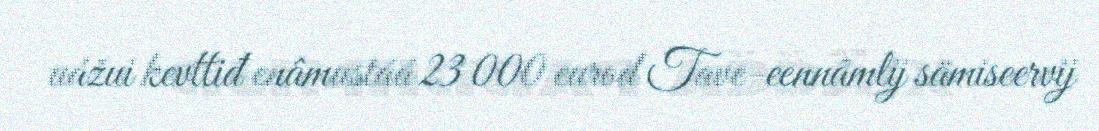
uážui kevttiđ enâmustáá 23 000 eurod Tave-eennâmlij sämiseervij